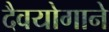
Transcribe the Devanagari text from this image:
दैवयोगाने